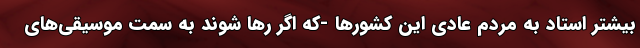
بیشتر استاد به مردم عادی این کشورها -که اگر رها شوند به سمت موسیقی‌های